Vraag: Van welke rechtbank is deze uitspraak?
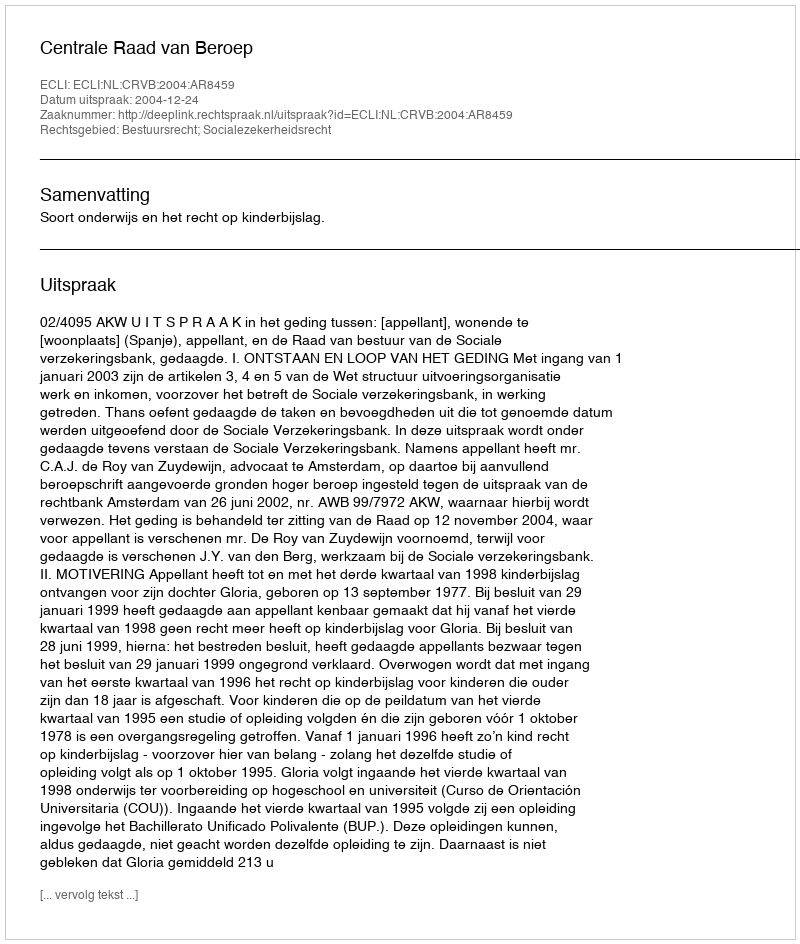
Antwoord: Centrale Raad van Beroep